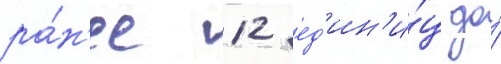
ра́н'ее 12 ед'ин'и́ц до́